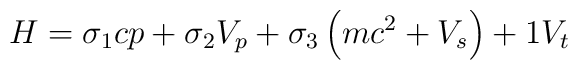
H=\sigma _{1}cp+\sigma _{2}V_{p}+\sigma _{3}\left( mc^{2}+V_{s}\right)+1V_{t}